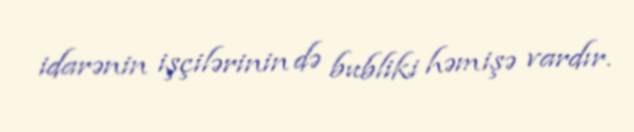
idarənin işçilərinin də bubliki həmişə vardır.